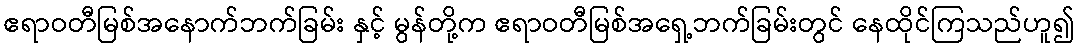
ဧရာဝတီမြစ်အနောက်ဘက်ခြမ်း နှင့် မွန်တို့က ဧရာဝတီမြစ်အရှေ့ဘက်ခြမ်းတွင် နေထိုင်ကြသည်ဟူ၍